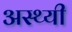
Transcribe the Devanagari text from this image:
अस्थ्यी